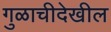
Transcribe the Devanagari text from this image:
गुळाचीदेखील